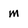
Character: m